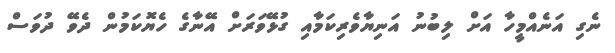
ނެގި އަނެއްމީހާ އަށް ލިބުނު އަނިޔާވެރިކަމާއި ގުޅޭވަރަށް އޭނާގެ ހެޔޮކަމުން ދެވޭ ދުވަސް